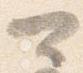
可